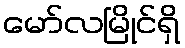
မော်လမြိုင်ရှိ